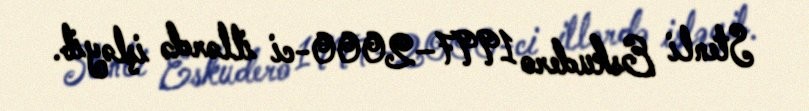
Stenli Eskudero 1997–2000-ci illərdə işləyib.